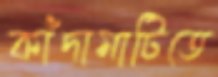
কাঁদামাটিতে